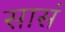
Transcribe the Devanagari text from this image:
सासं